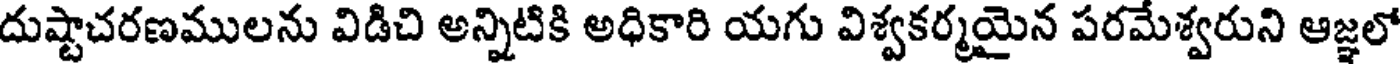
దుష్టాచరణములను విడిచి అన్నిటికి అధికారి యగు విశ్వకర్మయైన పరమేశ్వరుని ఆజ్ఞలో